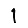
Digit: 1